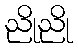
ညိုညို